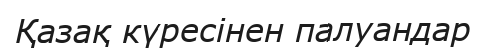
Қазақ күресінен палуандар